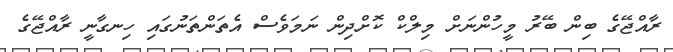
ރާއްޖޭގެ ބިން ބޭރު މީހުންނަށް މިލްކް ކޮށްދިން ނަަމަވެސް އެތަންތަނުގައި ހިނގާނީ ރާއްޖޭގެ